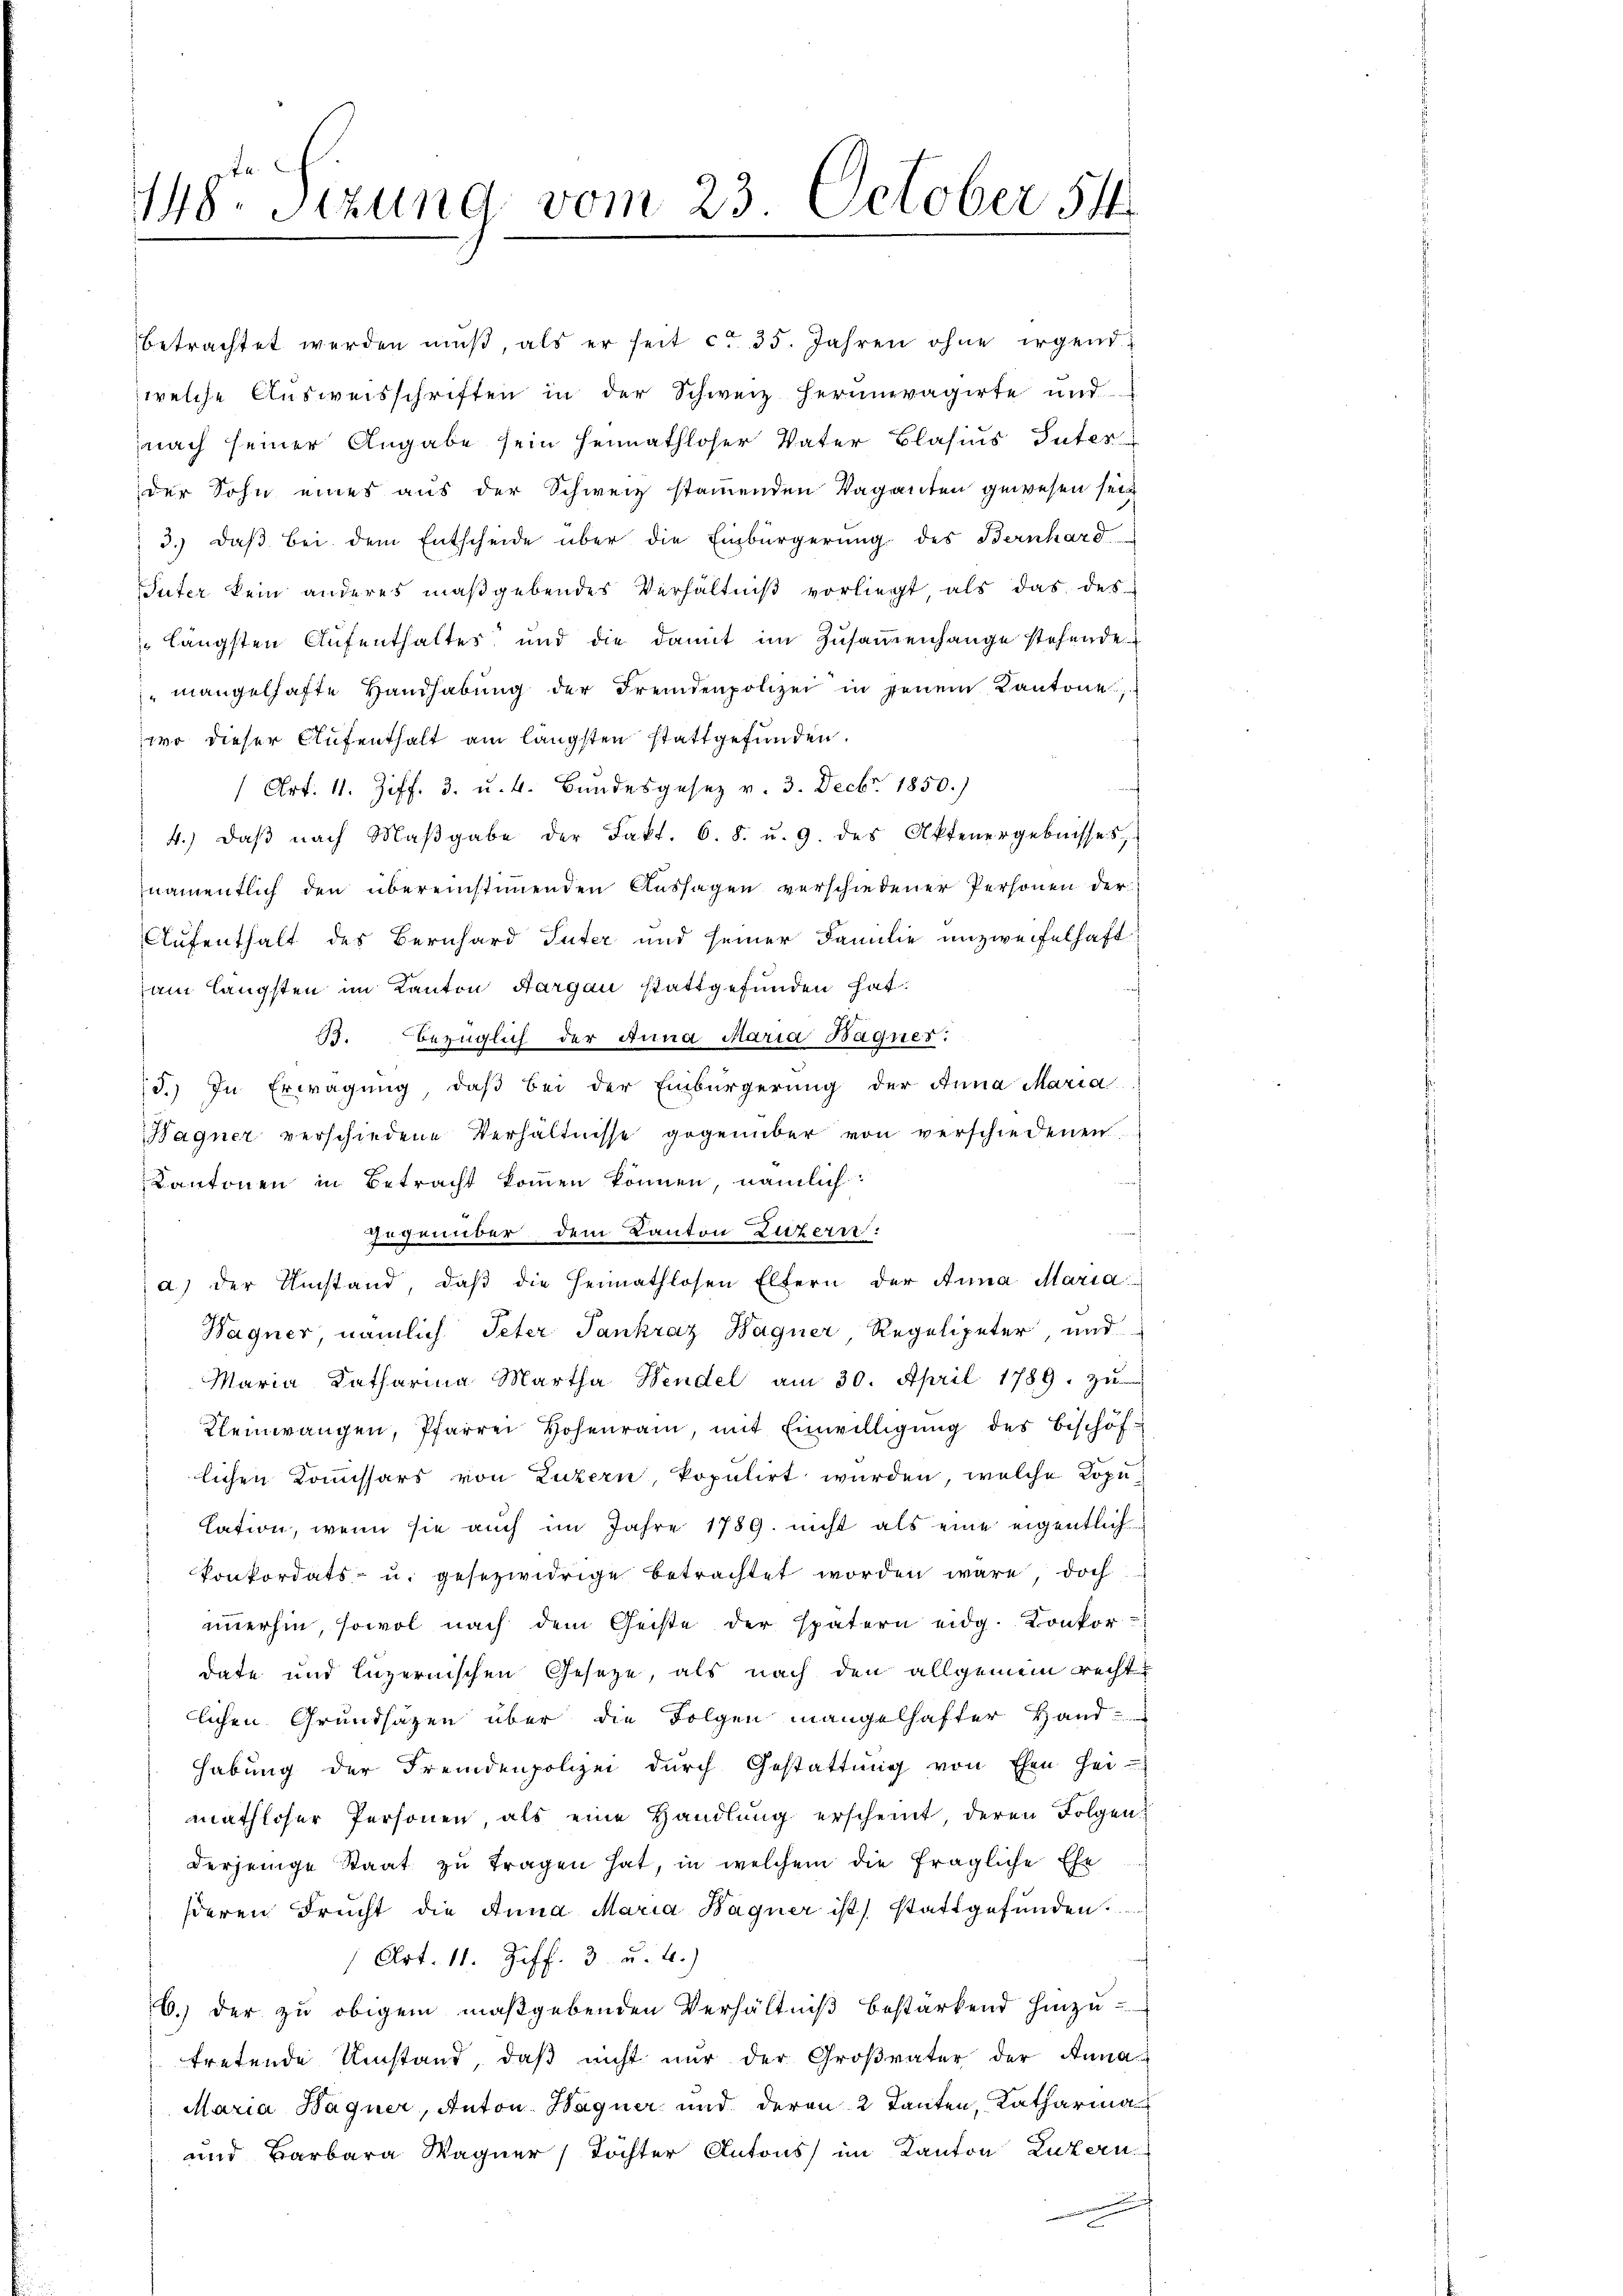
148. Sizung vom 23. October 54

betrachtet werden mŭβ, als er seit ca 35. Jahren ohne irgend
zwelche Aŭsweisschriften in der Schweiz herumvagirte und
nach seiner Angabe sein Heimathloser Vater Blasius Güter
der Sohn eines aus der Schweiz stamenden Vaganten gewesen sein
3.) Daß bei dem Entscheide über die Einbürgerung des Bernhard
Suter kein anderes maßgebendes Verhältniß vorliegt, als das des
längsten Aufenthaltes und die damit im Zusammenhange stehende
mangelhafte Handhabŭng der Fremdenpolizei in jenem Kantone,
wo dieser Aufenthalt am längsten stattgefunden.
(Art. 11. Ziff. 3. u. 4. Bundesgesetz v. 3. Decbr. 1850.)
4.) daβ nach Maβgabe der Fakt. 6. 8. u. 9. des Aktenergebnisses,
namentlich den übereinstimmenden Aussagen verschiedener Personen der
Aufenthalt des Bernhard Guter und seiner Familie unzweifelhaft
am längsten im Kanton Aargau stattgefunden hat.
B. bezüglich der Anna Maria Bagnes.
5.) In Erwägung, daß bei der Einbürgerung der Anna Maria
Bagner verschiedene Verhältnisse gegenüber von verschiedenen
Kantonen in Betracht kommen können nämlich:
Gegenüber dem Kanton Luzern:
a) der Umstand, daβ die Heimathlosen Eltern der Anna Maria
Hagner, nämlich Peter Pankraz Hagner, Regelipeter und
Maria Katharina Martha Hendel am 30. April 1789. zu
Kleinwangen, Pfarrer Hohenrain, mit Einwilligŭng des Bischöf-
lichen Kommissärs von Luzern, kopulirt wurden, welche Kopulation, wenn sie auch im Jahre 1789. nicht als eine eigentlich¬
Konkordats- u. gesezwidrige betrachtet worden wäre doch
immerhin, sowol nach dem Geiste der spätern eidg. Konkordate und luzernischen Gesetze, als nach den allgemein recht
lichen Grundsätzen über die Folgen mangelhafter Hand-
Habung der Fremdenpolizei durch Gestattŭng von Ehen Hei-
mathloser Personen als eine Handlŭng erscheint deren Folgen-
derjenige Staat zu tragen hat, in welchem die fragliche Ehe
sieren Brucht die Anna Maria Bagner ist, stattgefunden.
Art. 11. Ziff. 3. u. 4.)
6.) der zu obigem maßgebenden Verhältniß bestärkend hinzu-
tretende Umstand, daß nicht nur der Großvater der Anna
Maria Hagner, Anton Wagner und deren 2 Tanten, Katharina
und Barbara Wagner Töchter Antons im Kanton Luzern
.